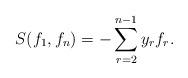
LaTeX: \begin{align*} S(f_1, f_n) = -\sum_{r=2}^{n-1}y_r f_r.\end{align*}